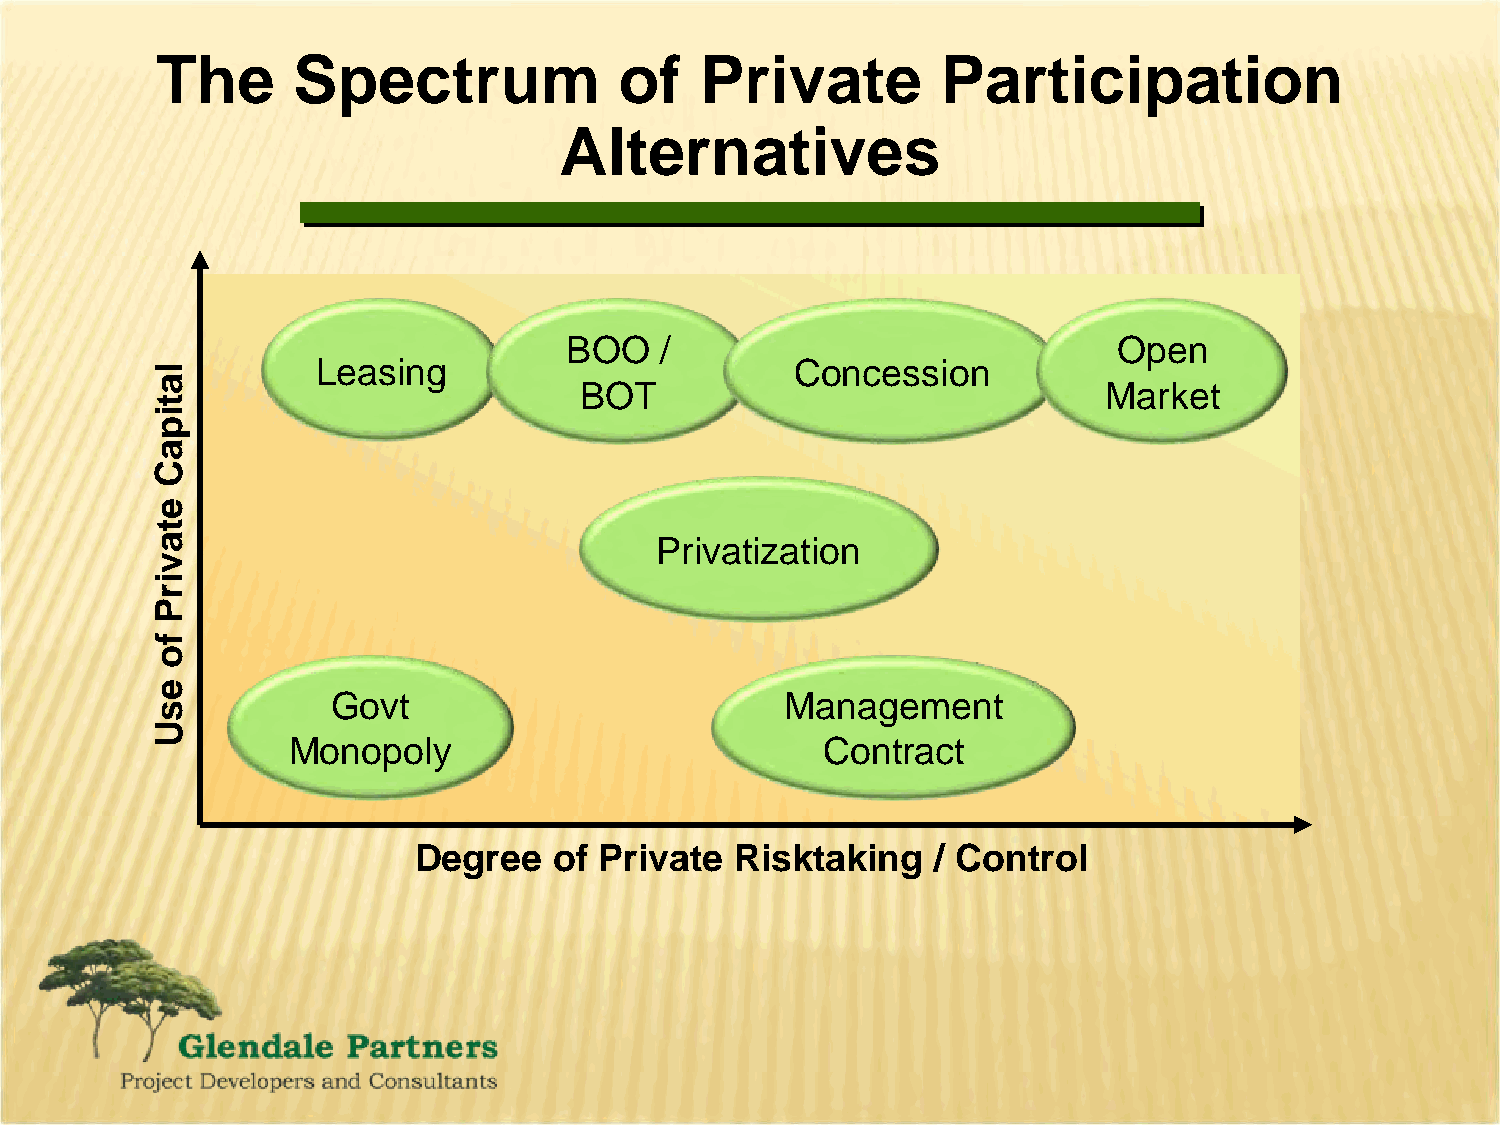
The      Spectrum              of   Private         Participation
 Alternatives
 BOO    /                             Open
 Leasing                         Concession
 BOT                                Market
 Privatization
 Govt                          Management
 Monopoly                           Contract
 Degree    of Private  Risktaking   / Control
 latipaC
 etavirP
 fo
 esU